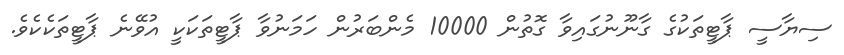
ސިޔާސީ ޕާޓީތަކުގެ ގާނޫނުގައިވާ ގޮތުން 10000 މެންބަރުން ހަމަނުވާ ޕާޓީތަކަކީ އުވޭނެ ޕާޓީތަކެކެވެ.